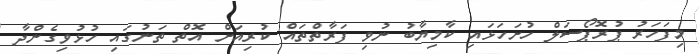
މިފަހަރު ޕުރޮޕޯސަލް ހުށަހަޅައި ކާމިޔާބު ނުވި ފަރާތްތައް ކުރިއަށް އޮތް ތަނުގައި ހުޅުވިގެންދާ